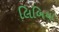
લિબિયા